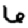
Digit: 6